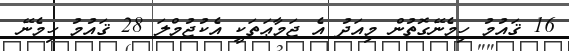
16 ޤައުމު ހިމެނޭގޮތުން މިއަދު އެ ޖަމާޢަތަކީ އެކުޖުމްލަ 28 ޤައުމު ހިމެނޭ